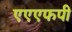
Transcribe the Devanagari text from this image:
एएएफपी